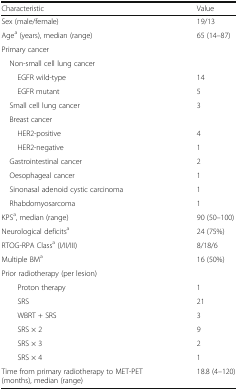
| Characteristic | Value |
 | --- | --- |
 | Sex (male/female) | 19/13 |
 | Agea (years), median (range) | 65 (14–87) |
 | Primary cancer |  |
 | Non-small cell lung cancer |  |
 | EGFR wild-type | 14 |
 | EGFR mutant | 5 |
 | Small cell lung cancer | 3 |
 | Breast cancer |  |
 | HER2-positive | 4 |
 | HER2-negative | 1 |
 | Gastrointestinal cancer | 2 |
 | Oesophageal cancer | 1 |
 | Sinonasal adenoid cystic carcinoma | 1 |
 | Rhabdomyosarcoma | 1 |
 | KPSa, median (range) | 90 (50–100) |
 | Neurological deficitsa | 24 (75%) |
 | RTOG-RPA Classa (I/II/III) | 8/18/6 |
 | Multiple BMa | 16 (50%) |
 | Prior radiotherapy (per lesion) |  |
 | Proton therapy | 1 |
 | SRS | 21 |
 | WBRT + SRS | 3 |
 | SRS × 2 | 9 |
 | SRS × 3 | 2 |
 | SRS × 4 | 1 |
 | Time from primary radiotherapy to MET-PET (months), median (range) | 18.8 (4–120) |